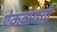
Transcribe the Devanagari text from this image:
ऐकवायची